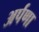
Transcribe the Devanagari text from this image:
अर्पणा